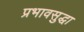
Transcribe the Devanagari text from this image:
प्रभावसुद्धा